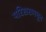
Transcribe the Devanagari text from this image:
परिसरामधून